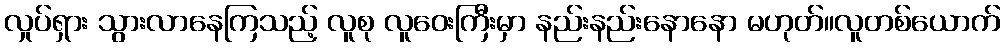
လှုပ်ရှား သွားလာနေကြသည့် လူစု လူဝေးကြီးမှာ နည်းနည်းနောနော မဟုတ်။လူတစ်ယောက်